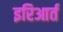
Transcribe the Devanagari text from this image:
इरिआर्त